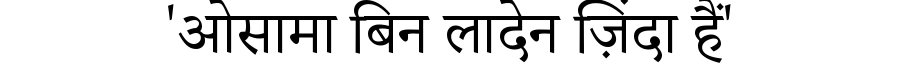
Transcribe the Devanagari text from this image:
'ओसामा बिन लादेन ज़िंदा हैं'